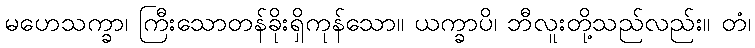
မဟေသက္ခာ၊ ကြီးသောတန်ခိုးရှိကုန်သော။ ယက္ခာပိ၊ ဘီလူးတို့သည်လည်း။ တံ၊